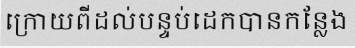
ក្រោយពីដល់បន្ទប់ដេកបានកន្លែង